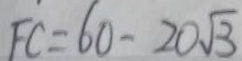
F C = 6 0 - 2 0 \sqrt { 3 }